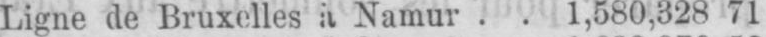
Ligne de Bruxelles à Namur .. 1,580,328 71